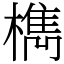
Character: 檇